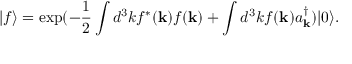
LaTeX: | f \rangle = \exp ( - \frac { 1 } { 2 } \int d ^ { 3 } k f ^ { \ast } ( { \bf k } ) f ( { \bf k } ) + \int d ^ { 3 } k f ( { \bf k } ) a _ { { \bf k } } ^ { \dagger } ) | 0 \rangle .